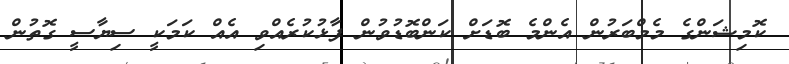
ކޮމިޝަންގެ މެމްބަރުން އެންމެ ބޮޑަށް ކަންބޮޑުވުން ފާޅުކުރެއްވި އެއް ކަމަކީ ސިޔާސީ ގޮތުން